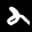
Label: 2